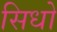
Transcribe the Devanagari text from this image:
सिधो